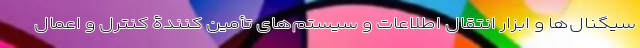
سیگنال‌ها و ابزار انتقال اطلاعات و سیستم‌های تأمین کنندۀ کنترل و اعمال